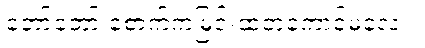
တော်တော် စောက်ကမြင်းထတဲ့ကောင်မလေး။